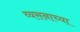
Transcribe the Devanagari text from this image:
व्यसनाच्या